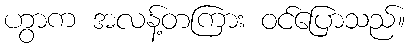
ဟွာက အလန့်တကြား ဝင်ပြောသည်။